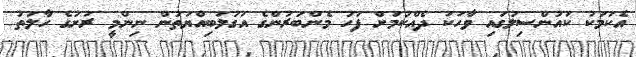
އެކަމަކު ކައުންސިލުގައި ވާހަކަ ދެއްކުމަށް ފަހު މެންބަރުންގެ އަގުލަބިއްޔަތުން ނިންމީ ރަށުގެ ހާލަތު